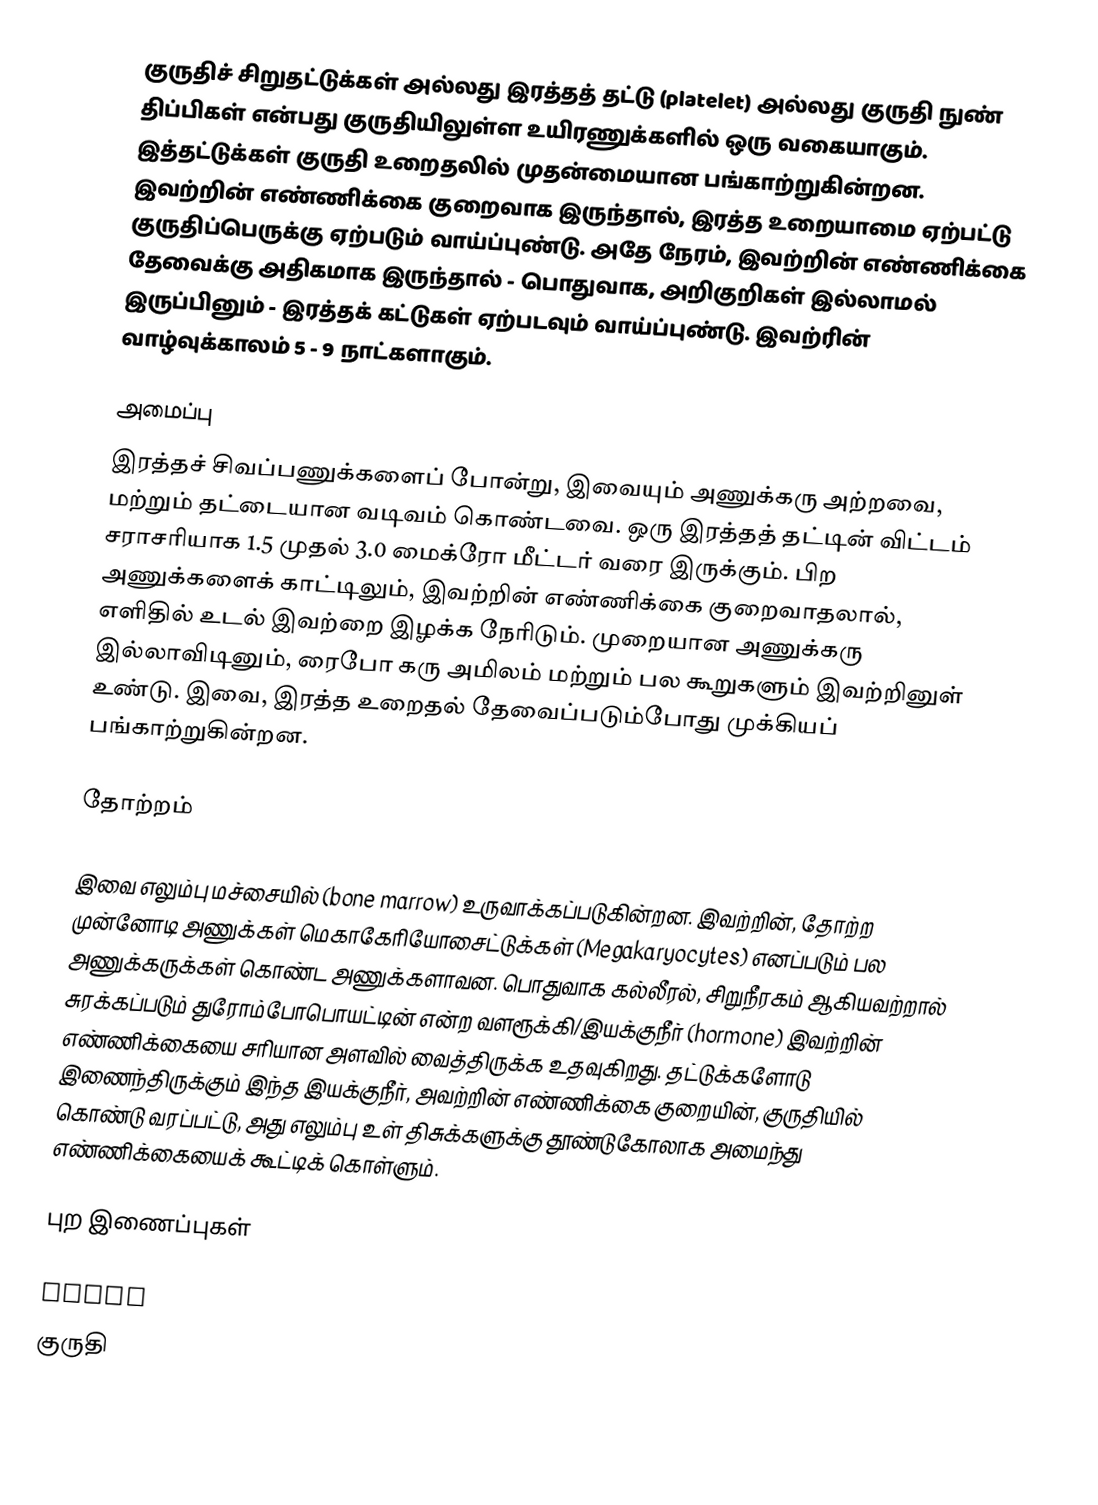
குருதிச் சிறுதட்டுக்கள் அல்லது இரத்தத் தட்டு (platelet) அல்லது குருதி நுண் திப்பிகள் என்பது குருதியிலுள்ள உயிரணுக்களில் ஒரு வகையாகும். இத்தட்டுக்கள் குருதி உறைதலில் முதன்மையான பங்காற்றுகின்றன. இவற்றின் எண்ணிக்கை குறைவாக இருந்தால், இரத்த உறையாமை ஏற்பட்டு குருதிப்பெருக்கு ஏற்படும் வாய்ப்புண்டு. அதே நேரம், இவற்றின் எண்ணிக்கை தேவைக்கு அதிகமாக இருந்தால் - பொதுவாக, அறிகுறிகள் இல்லாமல் இருப்பினும் - இரத்தக் கட்டுகள் ஏற்படவும் வாய்ப்புண்டு. இவற்ரின் வாழ்வுக்காலம் 5 - 9 நாட்களாகும்.

அமைப்பு
இரத்தச் சிவப்பணுக்களைப் போன்று, இவையும் அணுக்கரு அற்றவை, மற்றும் தட்டையான வடிவம் கொண்டவை. ஒரு இரத்தத் தட்டின் விட்டம் சராசரியாக 1.5 முதல் 3.0 மைக்ரோ மீட்டர் வரை இருக்கும். பிற அணுக்களைக் காட்டிலும், இவற்றின் எண்ணிக்கை குறைவாதலால், எளிதில் உடல் இவற்றை இழக்க நேரிடும். முறையான அணுக்கரு இல்லாவிடினும், ரைபோ கரு அமிலம் மற்றும் பல கூறுகளும் இவற்றினுள் உண்டு. இவை, இரத்த உறைதல் தேவைப்படும்போது முக்கியப் பங்காற்றுகின்றன.

தோற்றம்

இவை எலும்பு மச்சையில் (bone marrow) உருவாக்கப்படுகின்றன. இவற்றின், தோற்ற முன்னோடி அணுக்கள் மெகாகேரியோசைட்டுக்கள் (Megakaryocytes) எனப்படும் பல அணுக்கருக்கள் கொண்ட அணுக்களாவன. பொதுவாக கல்லீரல், சிறுநீரகம் ஆகியவற்றால் சுரக்கப்படும் துரோம்போபொயட்டின் என்ற வளரூக்கி/இயக்குநீர் (hormone) இவற்றின் எண்ணிக்கையை சரியான அளவில் வைத்திருக்க உதவுகிறது. தட்டுக்களோடு இணைந்திருக்கும் இந்த இயக்குநீர், அவற்றின் எண்ணிக்கை குறையின், குருதியில் கொண்டு வரப்பட்டு, அது எலும்பு உள் திசுக்களுக்கு தூண்டுகோலாக அமைந்து எண்ணிக்கையைக் கூட்டிக் கொள்ளும்.

புற இணைப்புகள்

 Video
குருதி